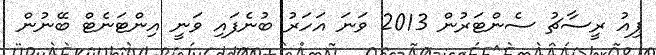
ޕިއު ރީސާޗު ސެންޓަރުން 2013 ވަނަ އަހަރު ބުނެފައި ވަނީ އިންޓަނެޓް ބޭނުން